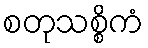
စတုသစ္စိကံ